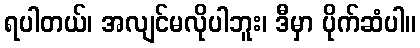
ရပါတယ်၊ အလျင်မလိုပါဘူး၊ ဒီမှာ ပိုက်ဆံပါ။